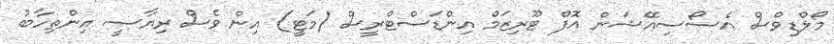
މޯލްޑިވްސް އެސޯސިއޭޝަން އޮފް ޓޫރިޒަމް އިންޑަސްޓްރީސް (މަޓީ) އިން ވެސް ރިޔާސީ އިންތިހާބު